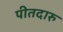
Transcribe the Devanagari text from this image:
पीतदारु